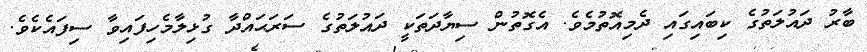
ބާރު ދައުލަތުގެ ކިބައިގައި ދެމިއޮތުމެވެ. އެގޮތުން ސިޔާދަތަކީ ދައުލަތުގެ ސަރަޙައްދާ ގުޅިލާމެހިފައިވާ ސިފައެކެވެ.